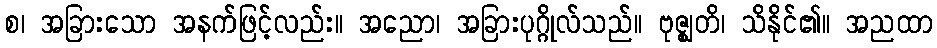
စ၊ အခြားသော အနက်ဖြင့်လည်း။ အညော၊ အခြားပုဂ္ဂိုလ်သည်။ ဗုဇ္ဈတိ၊ သိနိုင်၏။ အညထာ